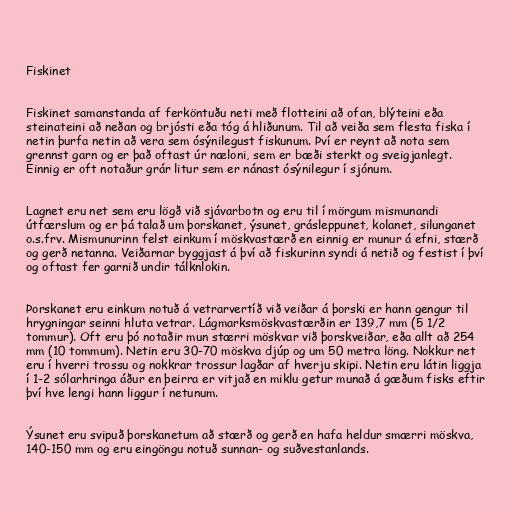
Fiskinet

Fiskinet samanstanda af ferköntuðu neti með flotteini að ofan, blýteini eða
steinateini að neðan og brjósti eða tóg á hliðunum. Til að veiða sem flesta fiska í
netin þurfa netin að vera sem ósýnilegust fiskunum. Því er reynt að nota sem
grennst garn og er það oftast úr næloni, sem er bæði sterkt og sveigjanlegt.
Einnig er oft notaður grár litur sem er nánast ósýnilegur í sjónum.

Lagnet eru net sem eru lögð við sjávarbotn og eru til í mörgum mismunandi
útfærslum og er þá talað um þorskanet, ýsunet, grásleppunet, kolanet, silunganet
o.s.frv. Mismunurinn felst einkum í möskvastærð en einnig er munur á efni, stærð
og gerð netanna. Veiðarnar byggjast á því að fiskurinn syndi á netið og festist í því
og oftast fer garnið undir tálknlokin.

Þorskanet eru einkum notuð á vetrarvertíð við veiðar á þorski er hann gengur til
hrygningar seinni hluta vetrar. Lágmarksmöskvastærðin er 139,7 mm (5 1/2
tommur). Oft eru þó notaðir mun stærri möskvar við þorskveiðar, eða allt að 254
mm (10 tommum). Netin eru 30-70 möskva djúp og um 50 metra löng. Nokkur net
eru í hverri trossu og nokkrar trossur lagðar af hverju skipi. Netin eru látin liggja
í 1-2 sólarhringa áður en þeirra er vitjað en miklu getur munað á gæðum fisks eftir
því hve lengi hann liggur í netunum.

Ýsunet eru svipuð þorskanetum að stærð og gerð en hafa heldur smærri möskva,
140-150 mm og eru eingöngu notuð sunnan- og suðvestanlands.